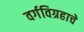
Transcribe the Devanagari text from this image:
वर्गविग्रहाचे